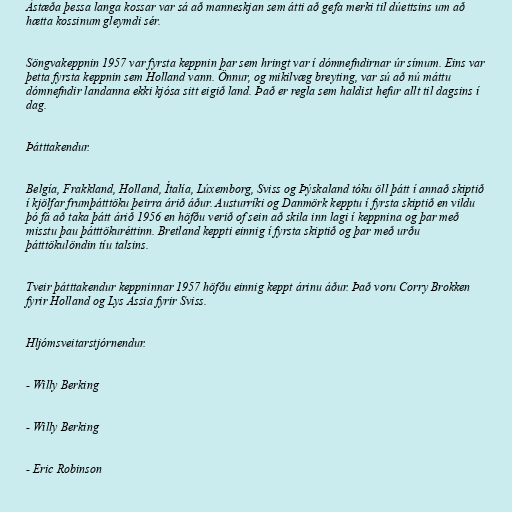
Ástæða þessa langa kossar var sá að manneskjan sem átti að gefa merki til dúettsins um að
hætta kossinum gleymdi sér.

Söngvakeppnin 1957 var fyrsta keppnin þar sem hringt var í dómnefndirnar úr símum. Eins var
þetta fyrsta keppnin sem Holland vann. Önnur, og mikilvæg breyting, var sú að nú máttu
dómnefndir landanna ekki kjósa sitt eigið land. Það er regla sem haldist hefur allt til dagsins í
dag.

Þátttakendur.

Belgía, Frakkland, Holland, Ítalía, Lúxemborg, Sviss og Þýskaland tóku öll þátt í annað skiptið
í kjölfar frumþátttöku þeirra árið áður. Austurríki og Danmörk kepptu í fyrsta skiptið en vildu
þó fá að taka þátt árið 1956 en höfðu verið of sein að skila inn lagi í keppnina og þar með
misstu þau þátttökuréttinn. Bretland keppti einnig í fyrsta skiptið og þar með urðu
þátttökulöndin tíu talsins.

Tveir þátttakendur keppninnar 1957 höfðu einnig keppt árinu áður. Það voru Corry Brokken
fyrir Holland og Lys Assia fyrir Sviss.

Hljómsveitarstjórnendur.

- Willy Berking

- Willy Berking

- Eric Robinson